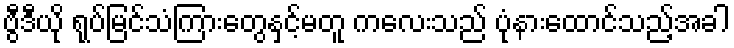
ဗွီဒီယို ရုပ်မြင်သံကြားတွေနှင့်မတူ ကလေးသည် ပုံနားထောင်သည့်အခါ